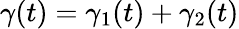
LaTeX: \gamma(t)=\gamma_{1}(t)+\gamma_{2}(t)